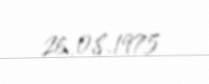
26.08.1975